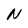
Character: N